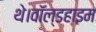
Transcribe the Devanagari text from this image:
थे।वॉल्डहाइम